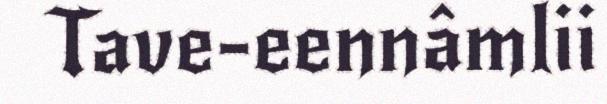
Tave-eennâmlii